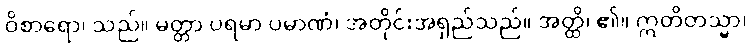
ဝိစာရော၊ သည်။ မတ္တာ ပရမာ ပမာဏံ၊ အတိုင်းအရှည်သည်။ အတ္ထိ၊ ၏။ ဣတိတသ္မာ၊